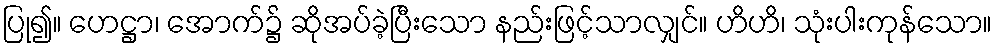
ပြု၍။ ဟေဋ္ဌာ၊ အောက်၌ ဆိုအပ်ခဲ့ပြီးသော နည်းဖြင့်သာလျှင်။ ဟိဟိ၊ သုံးပါးကုန်သော။